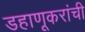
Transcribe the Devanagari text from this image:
डहाणूकरांची